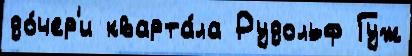
до́чер'и кварта́ла Рудольф Гуж